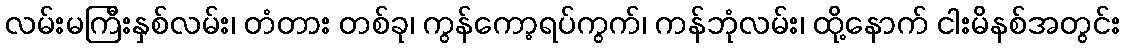
လမ်းမကြီးနှစ်လမ်း၊ တံတား တစ်ခု၊ ကွန်ကော့ရပ်ကွက်၊ ကန်ဘုံလမ်း၊ ထို့နောက် ငါးမိနစ်အတွင်း